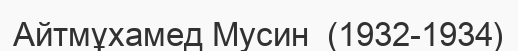
Айтмұхамед Мусин  (1932-1934)